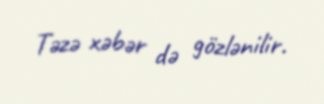
Təzə xəbər də gözlənilir.